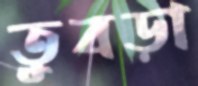
তুবড়া